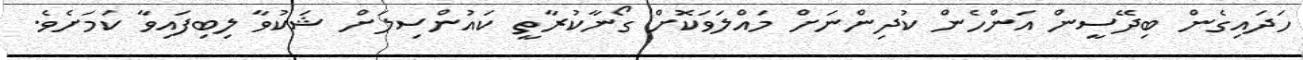
ހަދައިގެން ބިދޭސީން އަންހެން ކުދިންނަށް މައްލަވަކޮށް ގޯނާކުރާތީ ކައުންސިލަށް ޝަކުވާ ލިބިފައިވާ ކަމަށެވެ.